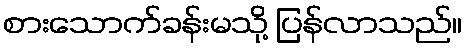
စားသောက်ခန်းမသို့ ပြန်လာသည်။